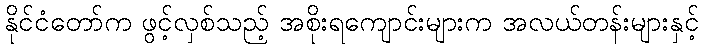
နိုင်ငံတော်က ဖွင့်လှစ်သည့် အစိုးရကျောင်းများက အလယ်တန်းများနှင့်